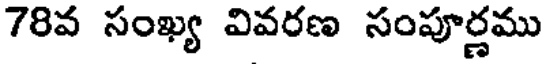
78వ సంఖ్య వివరణ సంపూర్ణము